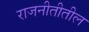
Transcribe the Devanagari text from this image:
राजनीतीतील